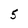
Character: 5